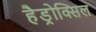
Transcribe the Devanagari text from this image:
हैड्रोक्सिल